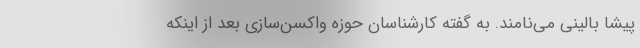
پیشا بالینی می‌نامند. به گفته کارشناسان حوزه واکسن‌سازی بعد از اینکه